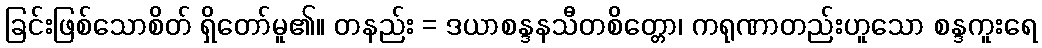
ခြင်းဖြစ်သောစိတ် ရှိတော်မူ၏။ တနည်း = ဒယာစန္ဒနသီတစိတ္တော၊ ကရုဏာတည်းဟူသော စန္ဒကူးရေ